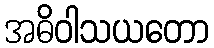
အဓိဝါသယတော